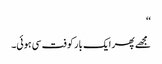
‘‘
مجھے پھر ایک بار کوفت سی ہوئی۔